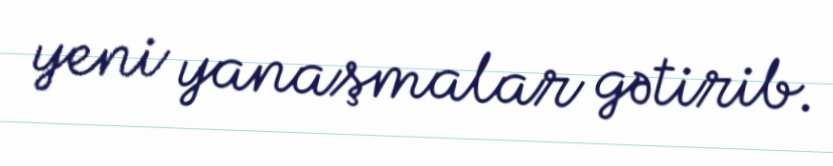
yeni yanaşmalar gətirib.